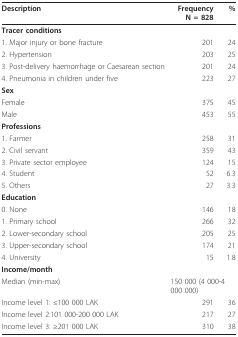
<table><thead><tr><td><b>Description</b></td><td><b>FrequencyN = 828</b></td><td><b>%</b></td></tr></thead><tbody><tr><td><b>Tracer conditions</b></td><td></td><td></td></tr><tr><td>1. Major injury or bone fracture</td><td>201</td><td>24</td></tr><tr><td>2. Hypertension</td><td>203</td><td>25</td></tr><tr><td>3. Post-delivery haemorrhage or Caesarean section</td><td>201</td><td>24</td></tr><tr><td>4. Pneumonia in children under five</td><td>223</td><td>27</td></tr><tr><td><b>Sex</b></td><td></td><td></td></tr><tr><td>Female</td><td>375</td><td>45</td></tr><tr><td>Male</td><td>453</td><td>55</td></tr><tr><td><b>Professions</b></td><td></td><td></td></tr><tr><td>1. Farmer</td><td>258</td><td>31</td></tr><tr><td>2. Civil servant</td><td>359</td><td>43</td></tr><tr><td>3. Private sector employee</td><td>124</td><td>15</td></tr><tr><td>4. Student</td><td>52</td><td>6.3</td></tr><tr><td>5. Others</td><td>27</td><td>3.3</td></tr><tr><td><b>Education</b></td><td></td><td></td></tr><tr><td>0. None</td><td>146</td><td>18</td></tr><tr><td>1. Primary school</td><td>266</td><td>32</td></tr><tr><td>2. Lower-secondary school</td><td>205</td><td>25</td></tr><tr><td>3. Upper-secondary school</td><td>174</td><td>21</td></tr><tr><td>4. University</td><td>15</td><td>1.8</td></tr><tr><td><b>Income/month</b></td><td></td><td></td></tr><tr><td>Median (min-max)</td><td colspan="2">150 000 (4 000-4 000 000)</td></tr><tr><td>Income level 1: ≤100 000 LAK</td><td>291</td><td>36</td></tr><tr><td>Income level 2:101 000-200 000 LAK</td><td>217</td><td>27</td></tr><tr><td>Income level 3: ≥201 000 LAK</td><td>310</td><td>38</td></tr></tbody></table>